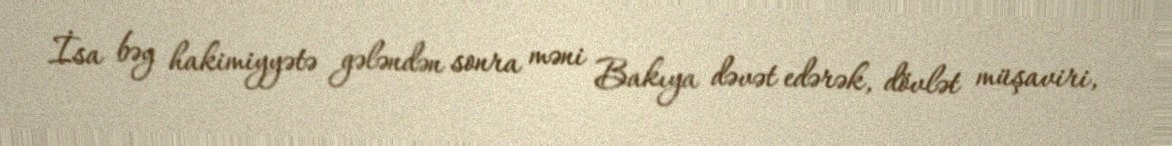
İsa bəy hakimiyyətə gələndən sonra məni Bakıya dəvət edərək, dövlət müşaviri,